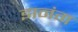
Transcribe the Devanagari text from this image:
झनंग